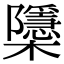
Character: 櫽